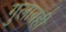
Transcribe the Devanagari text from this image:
गुलाबही